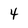
Character: 4